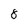
Character: 8